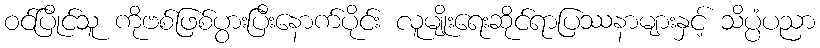
ဝင်ပြိုင်သူ ကိုဗစ်ဖြစ်ပွားပြီးနောက်ပိုင်း လူမျိုးရေးဆိုင်ရာပြဿနာများနှင့် သိပ္ပံပညာ